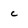
Character: c